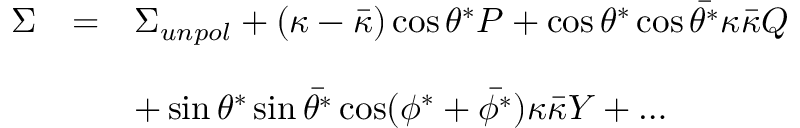
\begin{array} { r c l } { { \Sigma } } & { { = } } & { { \Sigma _ { u n p o l } + ( \kappa - \bar { \kappa } ) \cos \theta ^ { * } { \cal P } + \cos \theta ^ { * } \cos \bar { \theta ^ { * } } \kappa \bar { \kappa } { \cal Q } } } \\ { { } } & { { } } & { { } } \\ { { } } & { { } } & { { + \sin \theta ^ { * } \sin \bar { \theta ^ { * } } \cos ( \phi ^ { * } + \bar { \phi ^ { * } } ) \kappa \bar { \kappa } { \cal Y } + \dots } } \end{array}